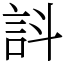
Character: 䚵